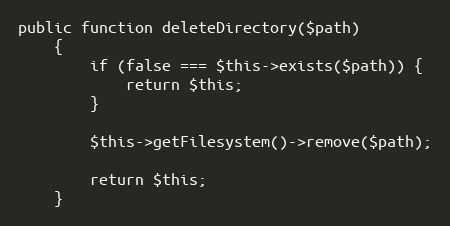
Language: PHP
public function deleteDirectory($path)
    {
        if (false === $this->exists($path)) {
            return $this;
        }

        $this->getFilesystem()->remove($path);

        return $this;
    }